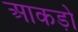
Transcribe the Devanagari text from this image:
आकडो़